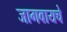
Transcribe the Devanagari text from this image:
जागवायचे